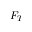
F _ { T }